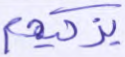
يزكيهم